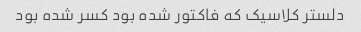
دلستر کلاسیک که فاکتور شده بود کسر شده بود